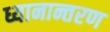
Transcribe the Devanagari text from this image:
ध्यानान्तरण